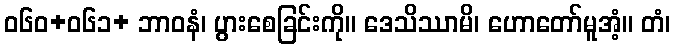
ဝ၆၀+၀၆၁+ ဘာဝနံ၊ ပွားစေခြင်းကို။ ဒေသိဿာမိ၊ ဟောတော်မူအံ့။ တံ၊